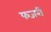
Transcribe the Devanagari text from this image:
फजरी